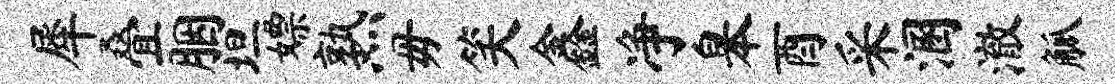
犀叠胭坦嫖熟毋笑鑫净皋酉采溷澈觚